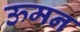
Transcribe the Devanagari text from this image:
ऊमन